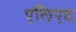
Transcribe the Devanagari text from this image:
एलिएड